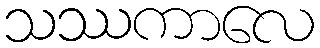
သဿကာလေ